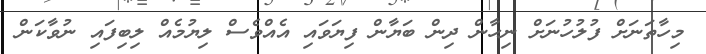
މިހާތަނަށް ފުލުހުނަށް ނިހާން ދިން ބަޔާން ފިޔަވަައި އެއްވެސް ލިޔުމެއް ލިބިފައި ނުވާކަން